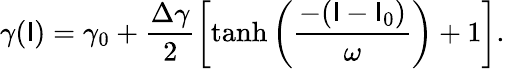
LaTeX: \gamma(\mathsf{I})=\gamma_{0}+\frac{{\Delta\gamma}}{{2}}\left[\operatorname{tanh}\left(\frac{{-(\mathsf{I}-\mathsf{I}_{0})}}{{\omega}}\right)+1\right].